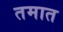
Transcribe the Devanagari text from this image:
तमात